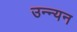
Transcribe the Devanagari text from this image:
उन्न्यन